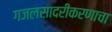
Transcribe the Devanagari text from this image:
गजलसादरीकरणाचा